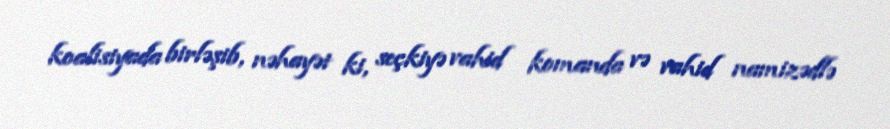
koalisiyada birləşib, nəhayət ki, seçkiyə vahid komanda və vahid namizədlə